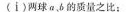
(i) 两球 a、b 的质量之比；